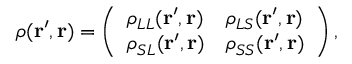
\rho ( \mathbf { r ^ { \prime } } , \mathbf { r } ) = \left( \begin{array} { l l } { \rho _ { L L } ( \mathbf { r ^ { \prime } } , \mathbf { r } ) } & { \rho _ { L S } ( \mathbf { r ^ { \prime } } , \mathbf { r } ) } \\ { \rho _ { S L } ( \mathbf { r ^ { \prime } } , \mathbf { r } ) } & { \rho _ { S S } ( \mathbf { r ^ { \prime } } , \mathbf { r } ) } \end{array} \right) ,